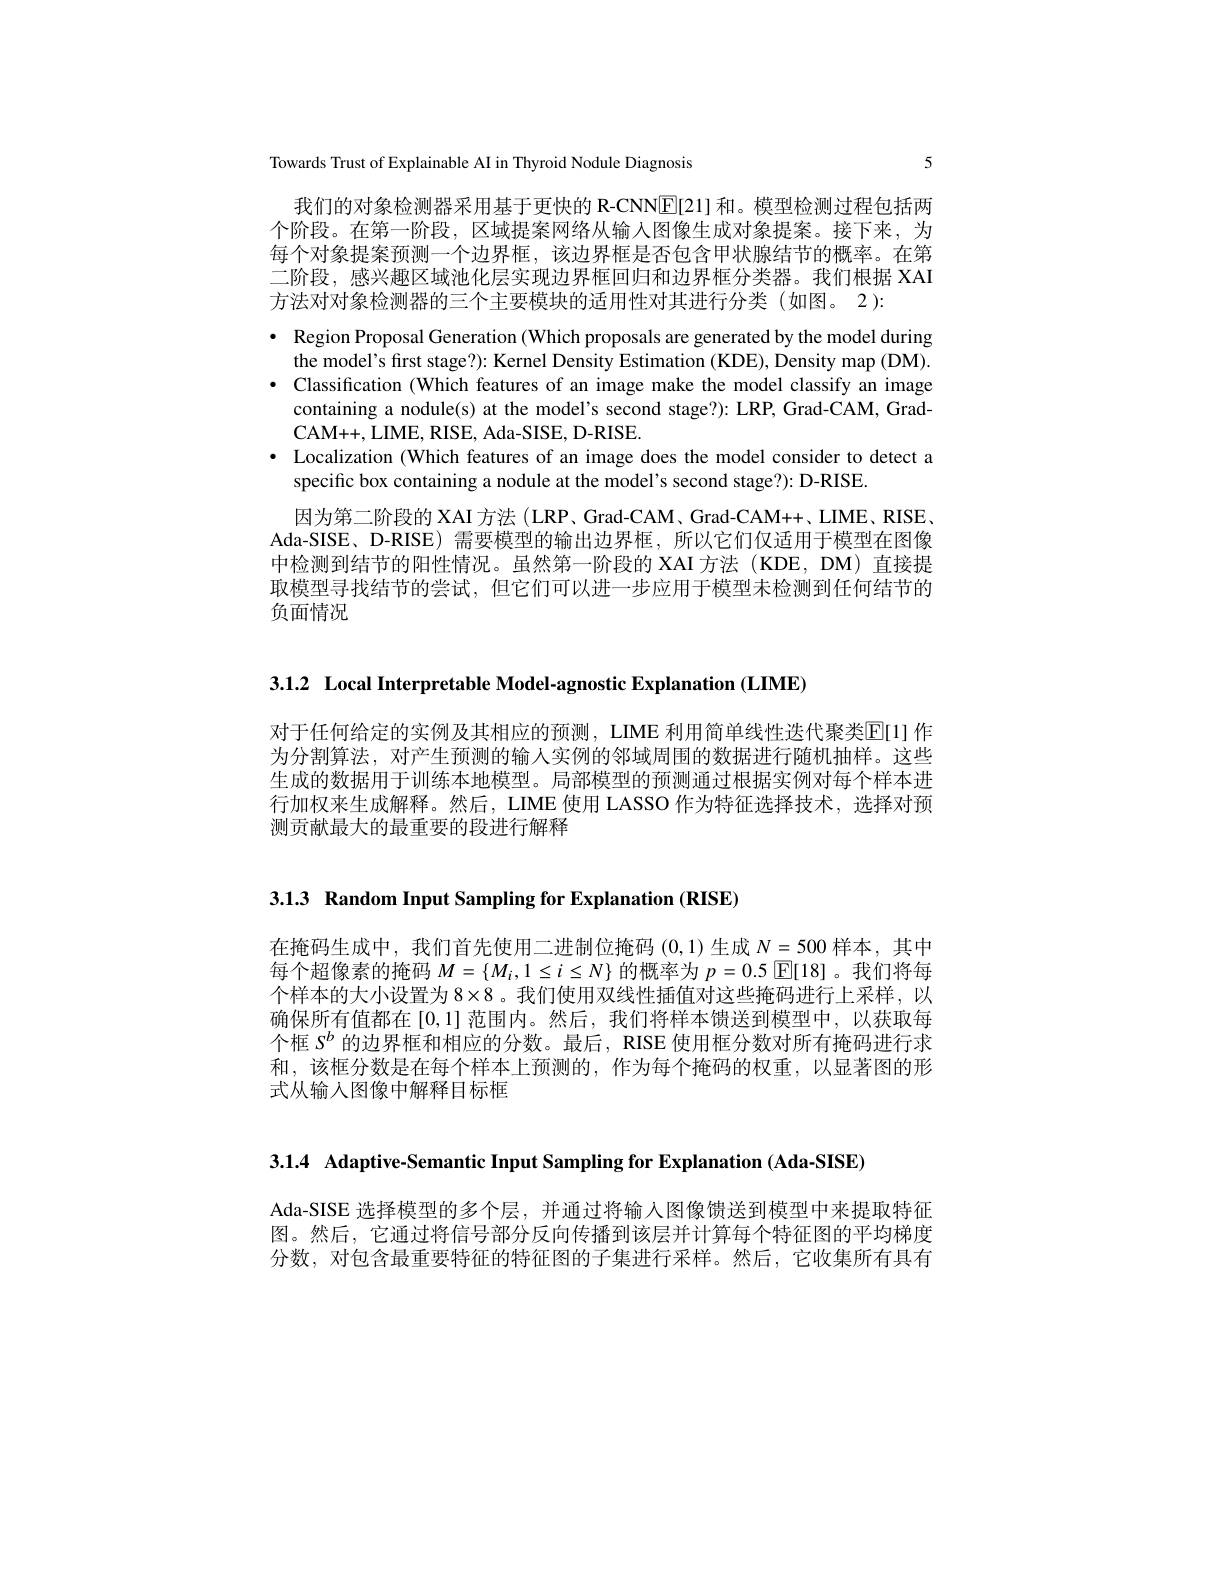
Towards Trust of Explainable AI in Thyroid Nodule Diagnosis

5

我们的对象检测器采用基于更快的 R-CNNE[21] 和。模型检测过程包括两个阶段。在第一阶段，区域提案网络从输入图像生成对象提案。接下来，为每个对象提案预测一个边界框，该边界框是否包含甲状腺结节的概率。在第二阶段，感兴趣区域池化层实现边界框回归和边界框分类器。我们根据 XAI 方法对对象检测器的三个主要模块的适用性对其进行分类(如图。2):
· Region Proposal Generation (Which proposals are generated by the model during
the model's first stage?): Kernel Density Estimation (KDE), Density map (DM). · Classification (Which features of an image make the model classify an image
containing a nodule(s) at the model's second stage?): LRP, Grad-CAM, Grad-
CAM+ + , LIME, RISE, Ada- SISE, D- RISE
· Localization (Which features of an image does the model consider to detect a
specific box containing a nodule at the model's second stage?): D-RISE
因为第二阶段的 XAI 方法 (LRP、Grad-CAM、Grad-CAM++、LIME、RISE, Ada-SISE、D-RISE) 需要模型的输出边界框，所以它们仅适用于模型在图像中检测到结节的阳性情况。虽然第一阶段的 XAI 方法 (KDE, DM) 直接提取模型寻找结节的尝试，但它们可以进一步应用于模型未检测到任何结节的负面情况

3.1.2 Local Interpretable Model-agnostic Explanation (LIME)

对于任何给定的实例及其相应的预测，LIME 利用简单线性迭代聚类E[1] 作为分割算法，对产生预测的输人实例的邻域周围的数据进行随机抽样。这些生成的数据用于训练本地模型。局部模型的预测通过根据实例对每个样本进行加权来生成解释。然后，LIME 使用 LASSO 作为特征选择技术，选择对预测贡献最大的最重要的段进行解释

3.1.3 Random Input Sampling for Explanation (RISE)

在掩码生成中，我们首先使用二进制位掩码(0,1)生成$N=500$ 样本，其中每个超像素的掩码$M=\{M_i,1\leq i\leq N\}$的概率为$p=0.5$ $\overline{\mathbb{E}}[18]$。我们将每个样本的大小设置为$8\times8$ 。我们使用双线性插值对这些掩码进行上采样，以确保所有值都在[0,1]范围内。然后，我们将样本馈送到模型中，以获取每个框$S^b$的边界框和相应的分数。最后，RISE 使用框分数对所有掩码进行求和，该框分数是在每个样本上预测的，作为每个掩码的权重，以显著图的形式从输入图像中解释目标框

3.1.4 Adaptive-Semantic Input Sampling for Explanation (Ada-SISE)

Ada-SISE 选择模型的多个层，并通过将输入图像馈送到模型中来提取特征图。然后，它通过将信号部分反向传播到该层并计算每个特征图的平均梯度分数，对包含最重要特征的特征图的子集进行采样。然后，它收集所有具有